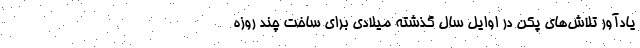
یادآور تلاش‌های پکن در اوایل سال گذشته میلادی برای ساخت چند روزه